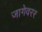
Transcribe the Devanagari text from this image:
जागेवरर